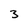
Character: 3